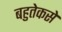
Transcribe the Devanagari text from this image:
बहुतेकसे